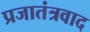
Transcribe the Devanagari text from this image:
प्रजातंत्रवाद